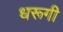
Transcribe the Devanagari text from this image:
धरूगी